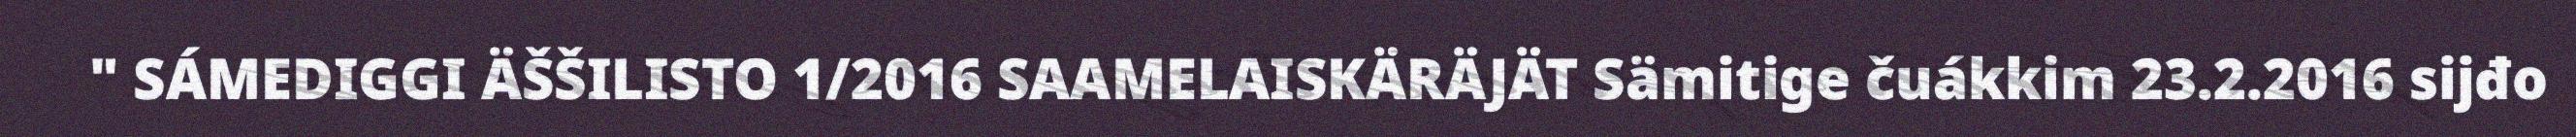
" SÁMEDIGGI ÄŠŠILISTO 1/2016 SAAMELAISKÄRÄJÄT Sämitige čuákkim 23.2.2016 sijđo